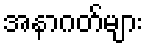
အနာဂတ်များ